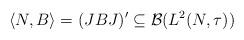
LaTeX: \begin{align*}\langle N,B\rangle=(JBJ)^\prime\subseteq \mathcal{B}(L^2(N,\tau))\end{align*}